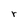
Character: r